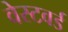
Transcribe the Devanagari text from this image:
वेस्टवर्ड